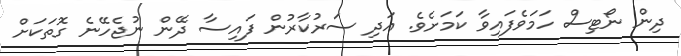
ދިން ނޯޓިސް ހަމަވެފައިވާ ކަމަށެވެ. އަދި ސަރުކާރުން ފައިސާ ދޭން ނުޖެހޭނެ ގޮތަކަށް